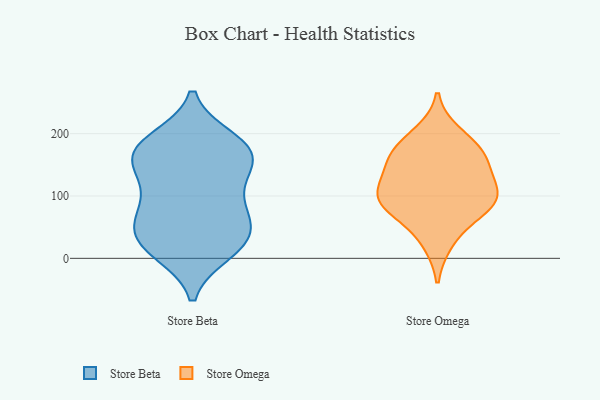
{"axis": {"x": "Market Share (%)", "y": "Value"}, "legend": ["Store Beta", "Store Omega"], "data": [{"x": "", "y": 163, "type": "Store Beta"}, {"x": "", "y": 10, "type": "Store Beta"}, {"x": "", "y": 64, "type": "Store Beta"}, {"x": "", "y": 125, "type": "Store Beta"}, {"x": "", "y": 190, "type": "Store Beta"}, {"x": "", "y": 180, "type": "Store Beta"}, {"x": "", "y": 175, "type": "Store Beta"}, {"x": "", "y": 72, "type": "Store Beta"}, {"x": "", "y": 67, "type": "Store Beta"}, {"x": "", "y": 32, "type": "Store Beta"}, {"x": "", "y": 78, "type": "Store Beta"}, {"x": "", "y": 31, "type": "Store Beta"}, {"x": "", "y": 22, "type": "Store Beta"}, {"x": "", "y": 164, "type": "Store Beta"}, {"x": "", "y": 124, "type": "Store Beta"}, {"x": "", "y": 15, "type": "Store Beta"}, {"x": "", "y": 181, "type": "Store Beta"}, {"x": "", "y": 145, "type": "Store Beta"}, {"x": "", "y": 26, "type": "Store Omega"}, {"x": "", "y": 171, "type": "Store Omega"}, {"x": "", "y": 170, "type": "Store Omega"}, {"x": "", "y": 161, "type": "Store Omega"}, {"x": "", "y": 93, "type": "Store Omega"}, {"x": "", "y": 69, "type": "Store Omega"}, {"x": "", "y": 200, "type": "Store Omega"}, {"x": "", "y": 139, "type": "Store Omega"}, {"x": "", "y": 87, "type": "Store Omega"}, {"x": "", "y": 93, "type": "Store Omega"}, {"x": "", "y": 119, "type": "Store Omega"}, {"x": "", "y": 103, "type": "Store Omega"}]}